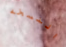
النسخه